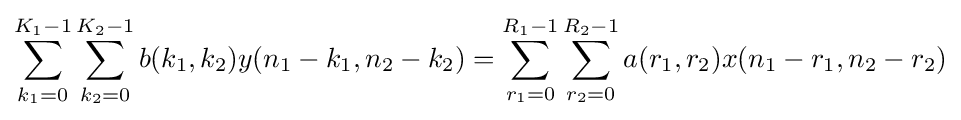
\sum _{k_{1}=0}^{K_{1}-1}\sum _{k_{2}=0}^{K_{2}-1}b(k_{1},k_{2})y(n_{1}-k_{1},n_{2}-k_{2})=\sum _{r_{1}=0}^{R_{1}-1}\sum _{r_{2}=0}^{R_{2}-1}a(r_{1},r_{2})x(n_{1}-r_{1},n_{2}-r_{2})